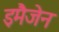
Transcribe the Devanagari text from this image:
इमैजेन